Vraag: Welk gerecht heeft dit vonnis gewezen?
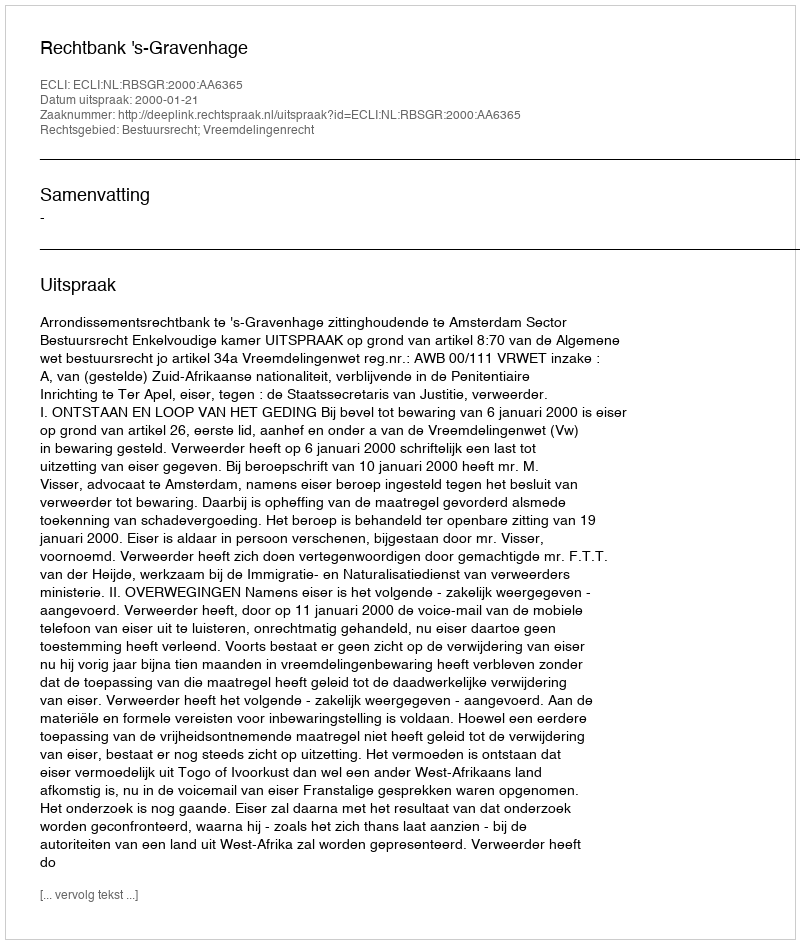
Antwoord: Rechtbank 's-Gravenhage